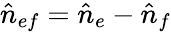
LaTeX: \hat{n}_{ef}=\hat{n}_{e}-\hat{n}_{f}